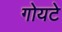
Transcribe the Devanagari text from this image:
गोयटे